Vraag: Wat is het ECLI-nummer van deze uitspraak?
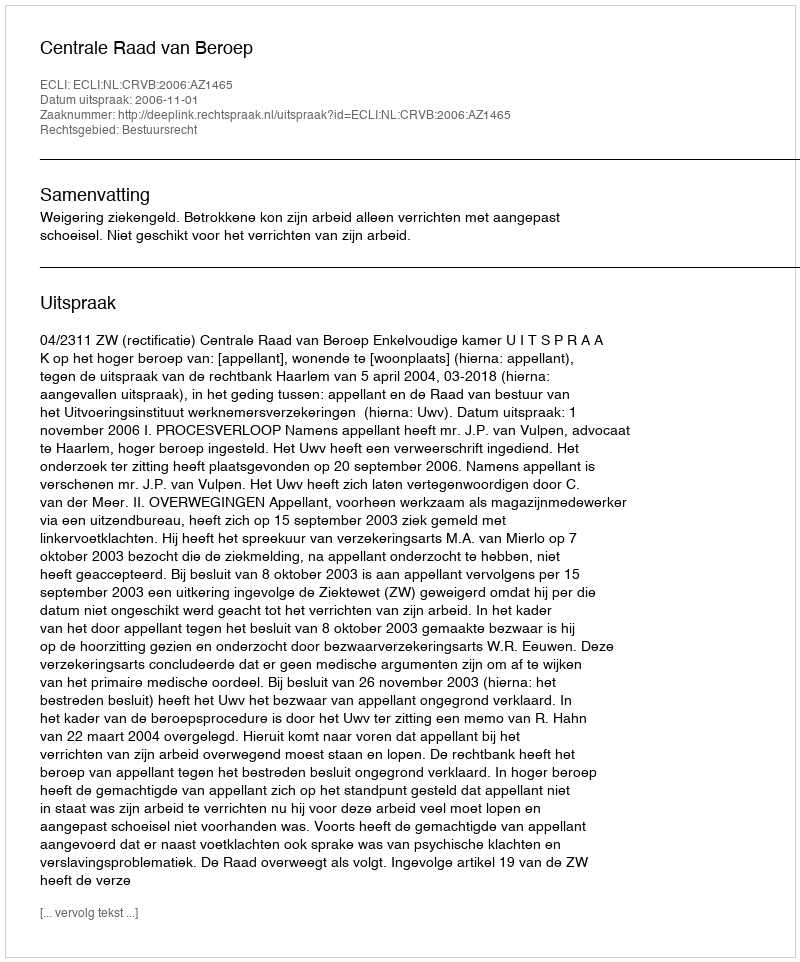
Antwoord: ECLI:NL:CRVB:2006:AZ1465